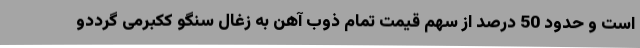
است و حدود 50 درصد از سهم قیمت تمام ذوب آهن به زغال سنگو ککبرمی گرددو